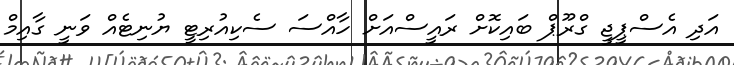
އަދި އެސްޕީޖީ ގްރޫޕް ބައިކޮށް ރައީސްއަށް ހާއްސަ ސެކިއުރިޓީ ޔުނިޓެއް ވަނީ ގާއިމް